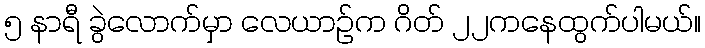
၅ နာရီ ခွဲလောက်မှာ လေယာဉ်က ဂိတ် ၂၂ကနေထွက်ပါမယ်။